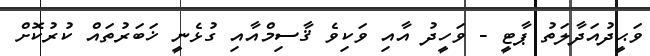
ވަޙީދުއަދާލަތު ޕާޓީ - ވަހީދު އާއި ވަކިވެ ޤާސިމްއާއި ގުޅެނީ ޚަބަރުތައް ކުރުކޮށް